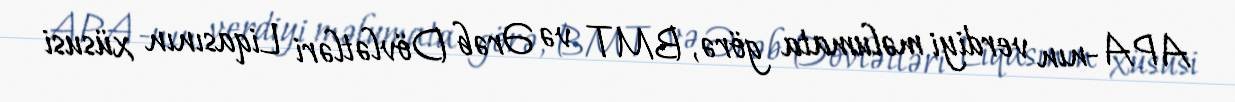
APA-nın verdiyi məlumata görə, BMT və Ərəb Dövlətləri Liqasının xüsusi